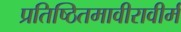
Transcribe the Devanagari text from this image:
प्रतिष्ठितमावीरावीर्म